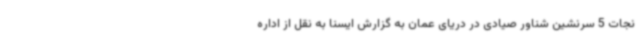
نجات 5 سرنشین شناور صیادی در دریای عمان به گزارش ایسنا به نقل از اداره